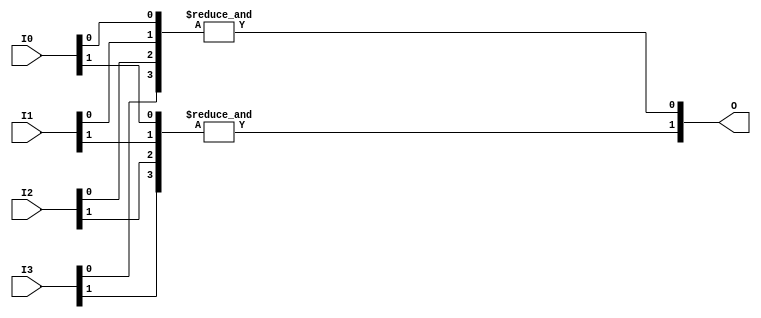
module And4x2 (
    input [1:0] I0,
    input [1:0] I1,
    input [1:0] I2,
    input [1:0] I3,
    output [1:0] O
);
assign O = {& ({I3[1],I2[1],I1[1],I0[1]}),& ({I3[0],I2[0],I1[0],I0[0]})};
endmodule